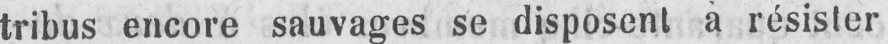
tribus encore sauvages se disposent a résister